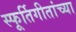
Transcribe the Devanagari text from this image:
स्फूर्तिगीतांच्या